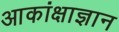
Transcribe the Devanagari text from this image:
आकांक्षाज्ञान